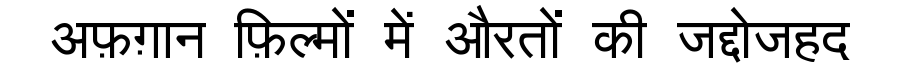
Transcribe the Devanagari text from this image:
अफ़ग़ान फ़िल्मों में औरतों की जद्दोजहद